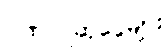
ဂုဏ်ပြုဆုငွေများ